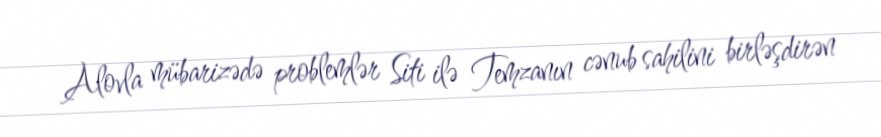
Alovla mübarizədə problemlər Siti ilə Temzanın cənub sahilini birləşdirən